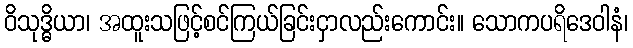
ဝိသုဒ္ဓိယာ၊ အထူးသဖြင့်စင်ကြယ်ခြင်းငှာလည်းကောင်း။ သောကပရိဒေဝါနံ၊